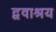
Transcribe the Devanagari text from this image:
द्ववाश्रय